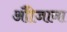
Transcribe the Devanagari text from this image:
औीजाना